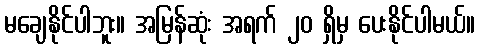
မချေနိုင်ပါဘူး။ အမြန်ဆုံး အရက် ၂၀ ရှိမှ ပေးနိုင်ပါမယ်။